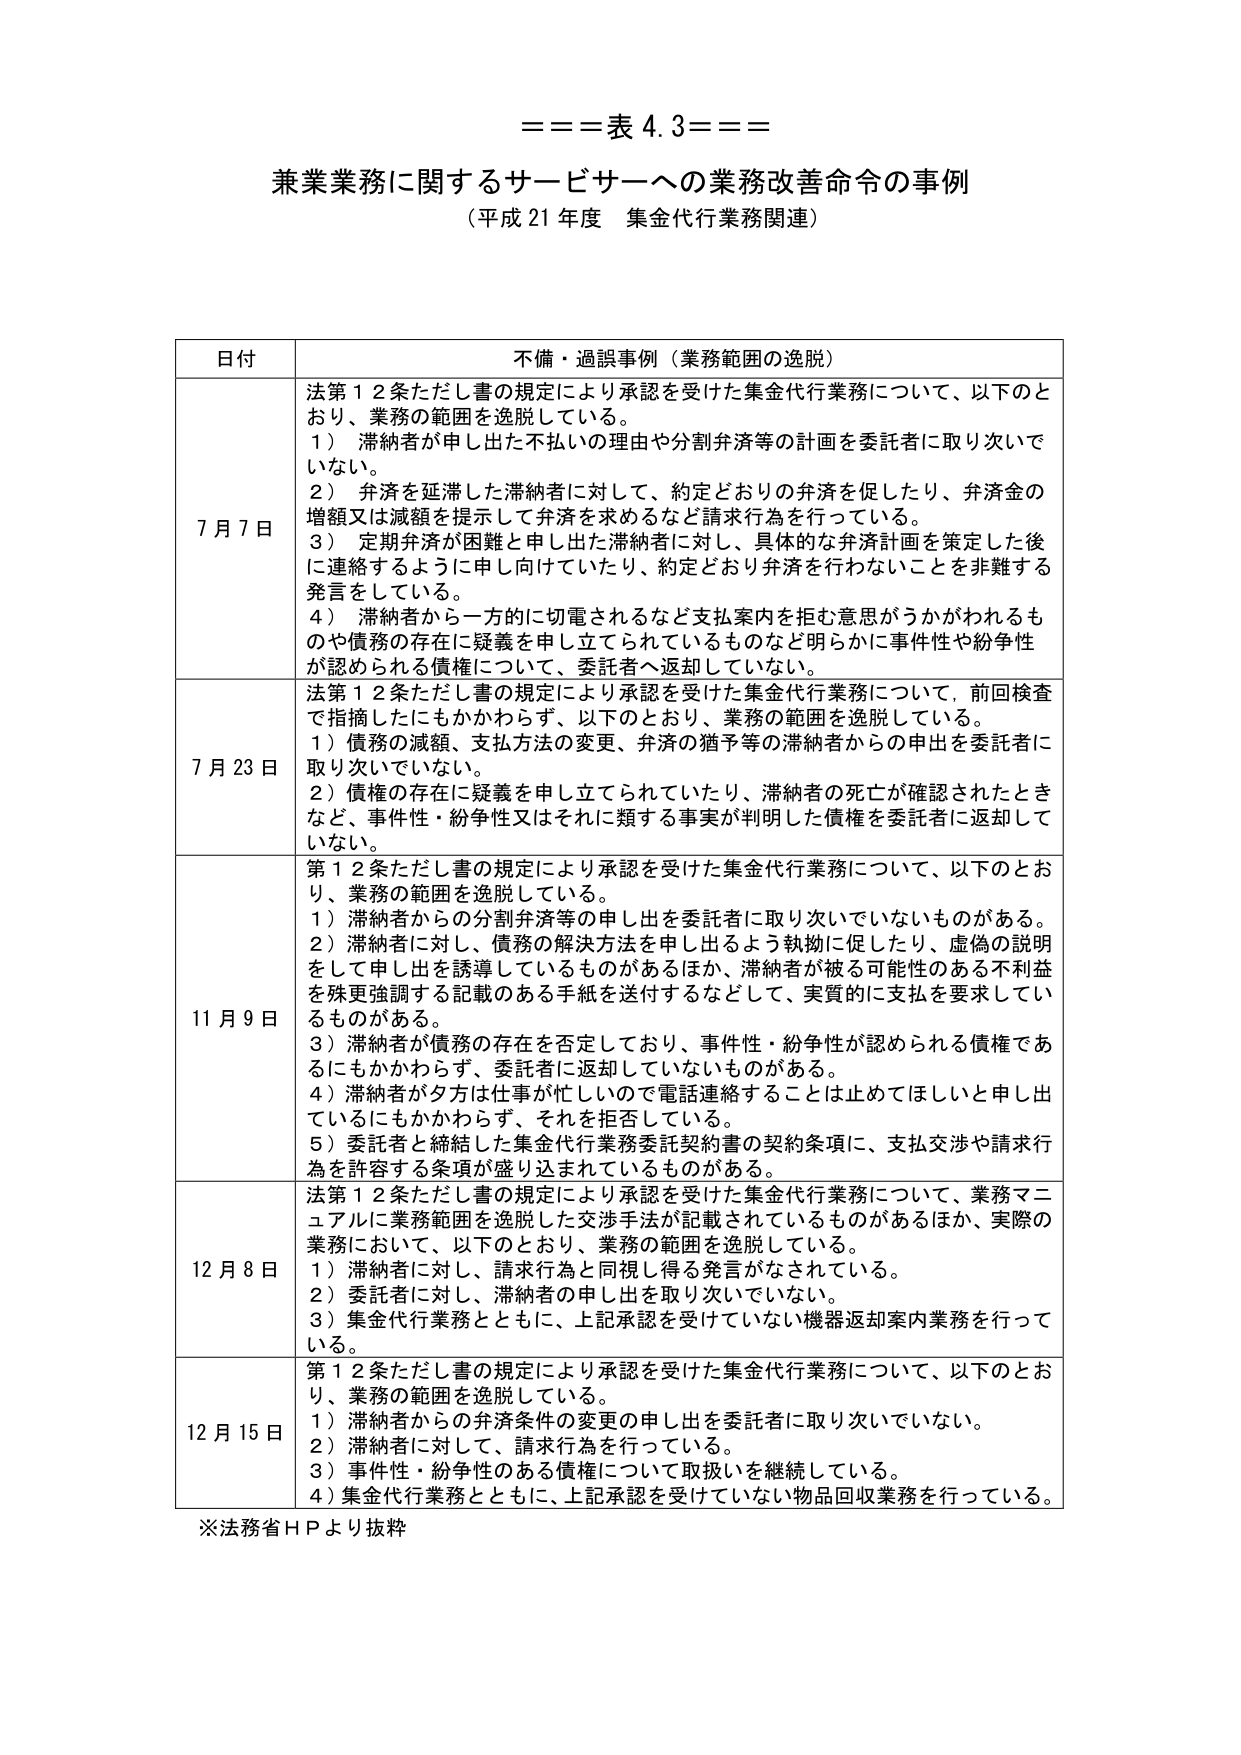
===表 4.3===
兼業業務に関するサービサーへの業務改善命令の事例
（平成 21 年度 集金代行業務関連）

日付 不備・過誤事例（業務範囲の逸脱）
7月7日 法第12条ただし書の規定により承認を受けた集金代行業務について、以下のとおり、業務の範囲を逸脱している。
1）滞納者が申し出た不払いの理由や分割弁済等の計画を委託者に取り次いでいない。
2）弁済を延滞した滞納者に対して、約定どおりの弁済を促したり、弁済金の増額又は減額を提示して弁済を求めるなど請求行為を行っている。
3）定期弁済が困難と申し出た滞納者に対し、具体的な弁済計画を策定した後に連絡するように申し向けていたり、約定どおり弁済を行わないことを非難する発言をしている。
4）滞納者から一方的に切電されるなど支払案内を拒む意思がうかがわれるものや債権の存在に疑義を申し立てられているものなど明らかに事件性や紛争性が認められる債権について、委託者へ返却していない。

7月23日 法第12条ただし書の規定により承認を受けた集金代行業務について、前回検査で指摘したにもかかわらず、以下のとおり、業務の範囲を逸脱している。
1）債務の減額、支払方法の変更、弁済の猶予等の滞納者からの申出を委託者に取り次いでいない。
2）債権の存在に疑義を申し立てられていたり、滞納者の死亡が確認されたときなど、事件性・紛争性又はそれに類する事実が判明した債権を委託者に返却していない。

11月9日 第12条ただし書の規定により承認を受けた集金代行業務について、以下のとおり、業務の範囲を逸脱している。
1）滞納者からの分割弁済等の申し出を委託者に取り次いでいないものがある。
2）滞納者に対し、債務の解決方法を申し出るよう執拗に促したり、虚偽の説明をして申し出を誘導しているものがあるほか、滞納者が被る可能性のある不利益を殊更強調する記載のある手紙を送付するなどして、実質的に支払を要求しているものがある。
3）滞納者が債務の存在を否定しており、事件性・紛争性が認められる債権であるにもかかわらず、委託者に返却していないものがある。
4）滞納者が夕方は仕事が忙しいので電話連絡することは止めてほしいと申し出ているにもかかわらず、それを拒否している。
5）委託者と締結した集金代行業務委託契約書の契約条項に、支払交渉や請求行為を許容する条項が盛り込まれているものがある。

12月8日 法第12条ただし書の規定により承認を受けた集金代行業務について、業務マニュアルに業務範囲を逸脱した交渉手法が記載されているものがあるほか、実際の業務において、以下のとおり、業務の範囲を逸脱している。
1）滞納者に対して、請求行為と同視し得る発言がなされている。
2）委託者に対し、滞納者の申し出を取り次いでいない。
3）集金代行業務とともに、上記承認を受けていない機器返却案内業務を行っている。

12月15日 第12条ただし書の規定により承認を受けた集金代行業務について、以下のとおり、業務の範囲を逸脱している。
1）滞納者からの弁済条件の変更の申し出を委託者に取り次いでいない。
2）滞納者に対して、請求行為を行っている。
3）事件性・紛争性のある債権について取扱いを継続している。
4）集金代行業務とともに、上記承認を受けていない物品回収業務を行っている。

※法務省ＨＰより抜粋